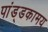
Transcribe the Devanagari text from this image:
पांड्डकामय